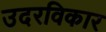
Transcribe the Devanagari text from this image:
उदरविकार